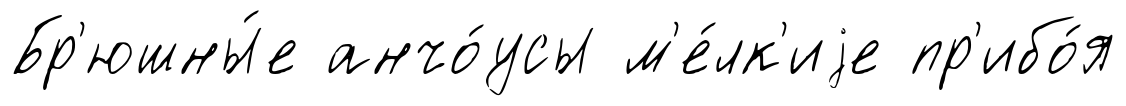
Бр'юшны́е анчо́усы м'е́лк'иjе пр'ибо́я